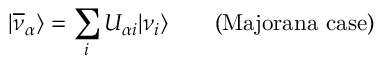
| \overline { { { \nu } } } _ { \alpha } \rangle = \sum _ { i } U _ { { \alpha } i } | \nu _ { i } \rangle \qquad ( { \mathrm { M a j o r a n a \, \, c a s e } } )